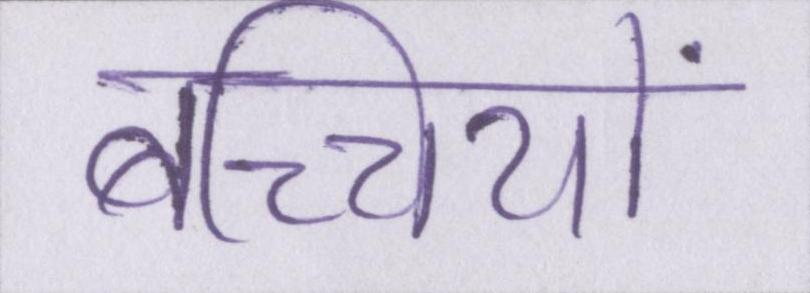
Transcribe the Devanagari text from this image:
बच्चियों